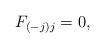
LaTeX: \begin{align*}F_{(-j)j}=0,\end{align*}